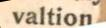
Valtion